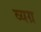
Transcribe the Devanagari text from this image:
व्‍यग्र